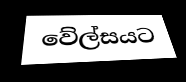
වේල්සයට